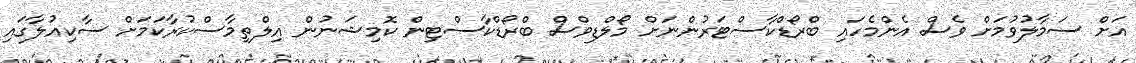
އަށް ސަމާލުވުމަށް ވެސް އެންމެހައި ބްރޯޑްކާސްޓަރުންނަށް މޯލްޑިވްސް ބްރޯޑްކާސްޓިން ކޮމިޝަނުން އިލްތިމާސްކުރާކަމަށް ސާކިއުލާގައި